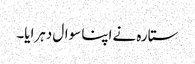
ستارہ نے اپنا سوال دہرایا۔